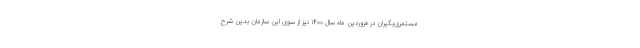
مستمری‌بگیران در فروردین ماه سال ۱۴۰۰ نیز از سوی این سازمان بدین شرح